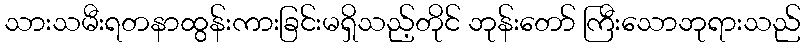
သားသမီးရတနာထွန်းကားခြင်းမရှိသည့်တိုင် ဘုန်းတော် ကြီးသောဘုရားသည်